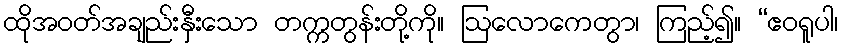
ထိုအဝတ်အချည်းနှီးသော တက္ကတွန်းတို့ကို။ ဩလောကေတွာ၊ ကြည့်၍။ “ဧဝရူပါ၊